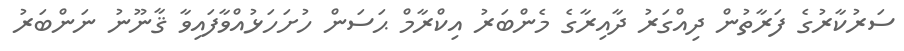
ސަރުކާރުގެ ފަރާތުން ދިއްގަރު ދާއިރާގެ މެންބަރު އިކްރާމް ޙަސަން ހުށަހަޅުއްވާފައިވާ ޤާނޫނު ނަންބަރު